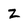
Character: Z